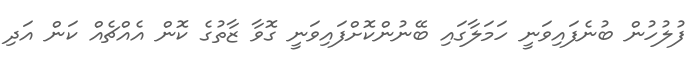
ފުލުހުން ބުނެފައިވަނީ ހަމަލާގައި ބޭނުންކޮށްފައިވަނީ ގޮވާ ޒާތުގެ ކޮން އެއްޗެއް ކަން އަދި